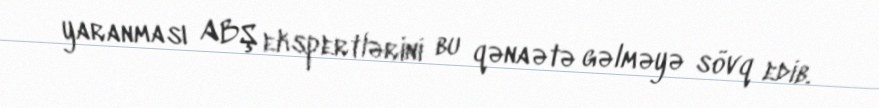
yaranması ABŞ ekspertlərini bu qənaətə gəlməyə sövq edib.